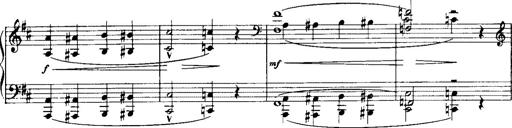
Title: Historische ungarische Bildnisse
Composer: Franz Liszt